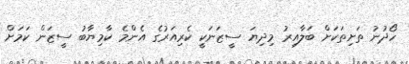
ހޯދުނު ތަށިތަކަށް ބަލާއިރު މިދިޔަ ސީޒަނަކީ ކެރިއަރުގެ އެންމެ ކާމިޔާބު ސީޒަން ކަމަށް